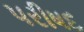
પરીષદ